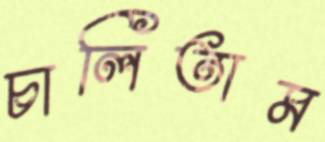
চালিতাম